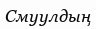
Смуулдың